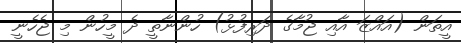
އީތަން (އައްޒަ އާއި ޖުމާގެ ދަރިފުޅު) ހުންނާތީ ދެ މީހުން މި ޖެހެނީ